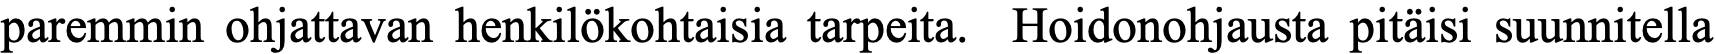
paremmin ohjattavan henkilökohtaisia tarpeita. Hoidonohjausta pitäisi suunnitella